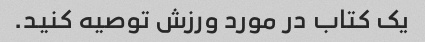
یک کتاب در مورد ورزش توصیه کنید.